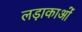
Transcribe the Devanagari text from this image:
लड़ाकाओं